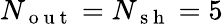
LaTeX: N_{\mathrm{~o~u~t~}}=N_{\mathrm{~s~h~}}=5